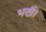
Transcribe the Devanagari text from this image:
भखैं।